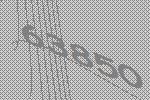
63850